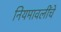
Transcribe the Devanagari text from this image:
नियमावलींचे